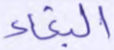
البغاء